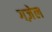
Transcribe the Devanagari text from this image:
गज़ेल